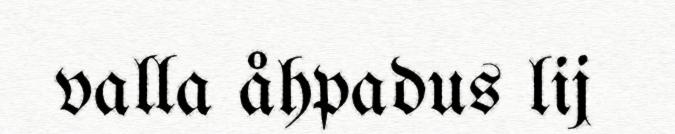
valla åhpadus lij